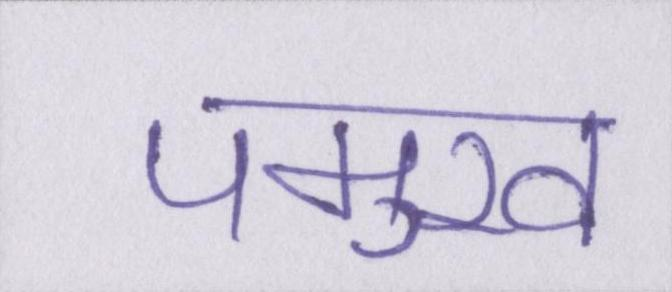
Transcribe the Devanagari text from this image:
पमुख